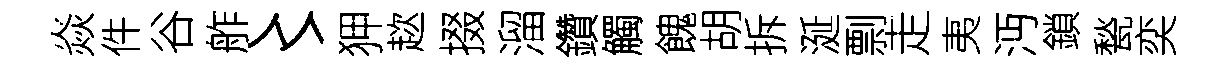
焱件谷舴〻狎趑掇溜鑽觸餽胡拆涎剽走夷沔鎖甃奕